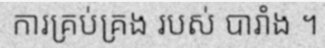
ការគ្រប់គ្រង របស់ បារាំង ។